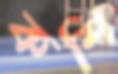
কশি